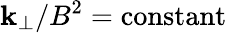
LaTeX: \mathbf{k}_{\perp}/B^{2}=\mathrm{{constant}}